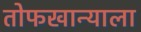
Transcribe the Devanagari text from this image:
तोफखान्याला